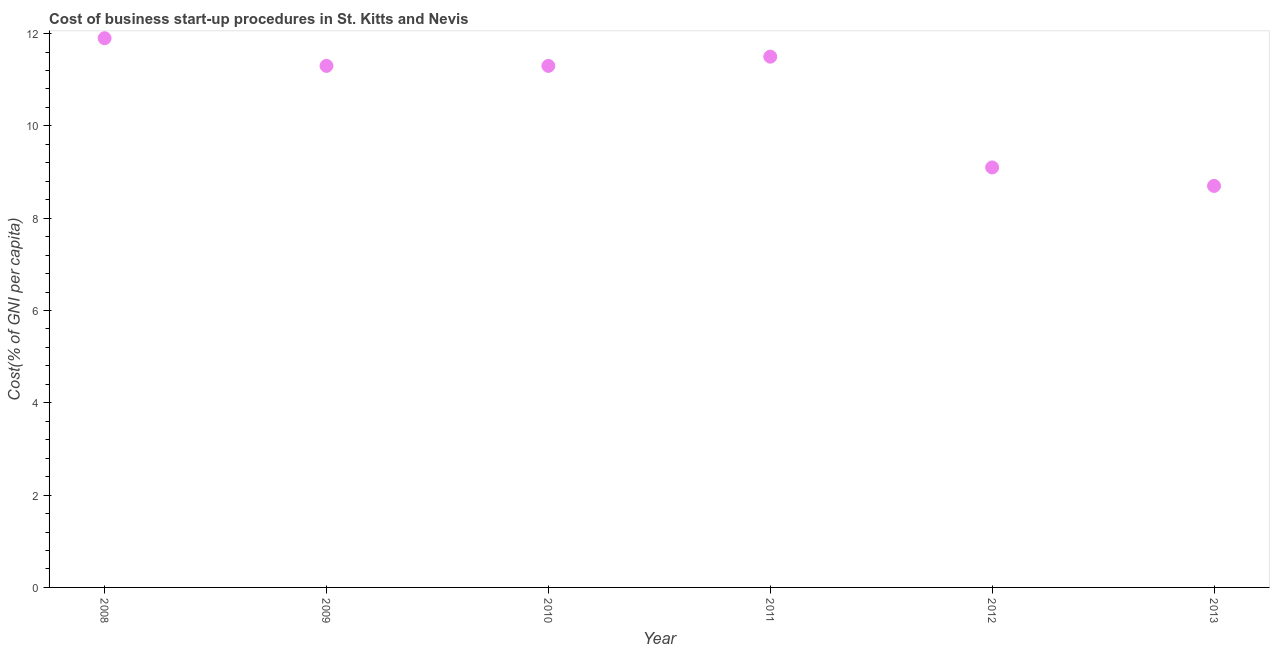
| Year | Cost |
 | --- | --- |
 | 2008 | 11.9 |
 | 2009 | 11.3 |
 | 2010 | 11.3 |
 | 2011 | 11.5 |
 | 2012 | 9.1 |
 | 2013 | 8.7 |